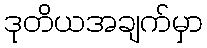
ဒုတိယအချက်မှာ